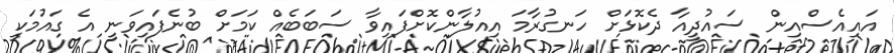
އައިއެސްއިން ސައުދީއާ ދެކޮޅަށް ހަނގުރާމަ އިއުލާންކޮށްފައިވާ ސަބަބެއް ކަމަށް ބުނެފައިވަނީ އެ ގައުމަކީ